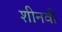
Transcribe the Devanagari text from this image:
शीनवी